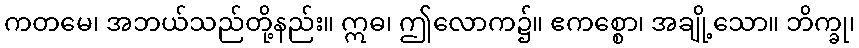
ကတမေ၊ အဘယ်သည်တို့နည်း။ ဣဓ၊ ဤလောက၌။ ဧကစ္စော၊ အချို့သော။ ဘိက္ခု၊